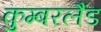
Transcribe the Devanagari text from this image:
कुम्बरलैंड